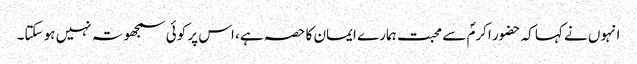
انہوں نے کہا کہ حضور اکرمؐ سے محبت ہمارے ایمان کا حصہ ہے، اس پر کوئی سمجھوتہ نہیں ہو سکتا۔